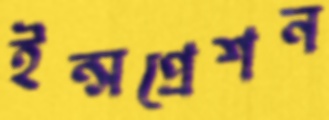
ইন্সপ্রেশন